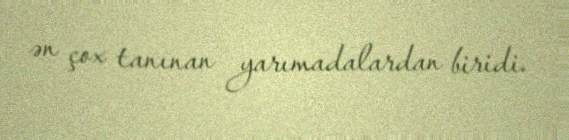
ən çox tanınan yarımadalardan biridi.